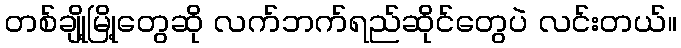
တစ်ချို့မြို့တွေဆို လက်ဘက်ရည်ဆိုင်တွေပဲ လင်းတယ်။